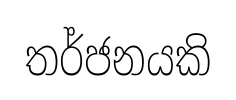
තර්ජනයකි